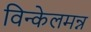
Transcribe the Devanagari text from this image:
विन्केलमन्न